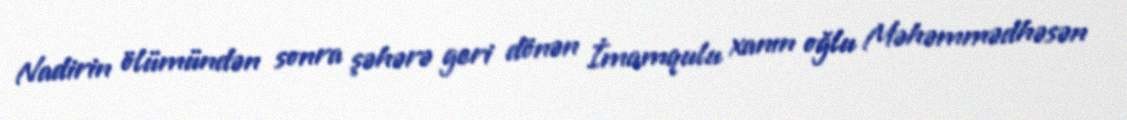
Nadirin ölümündən sonra şəhərə geri dönən İmamqulu xanın oğlu Məhəmmədhəsən